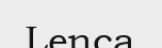
Lenca